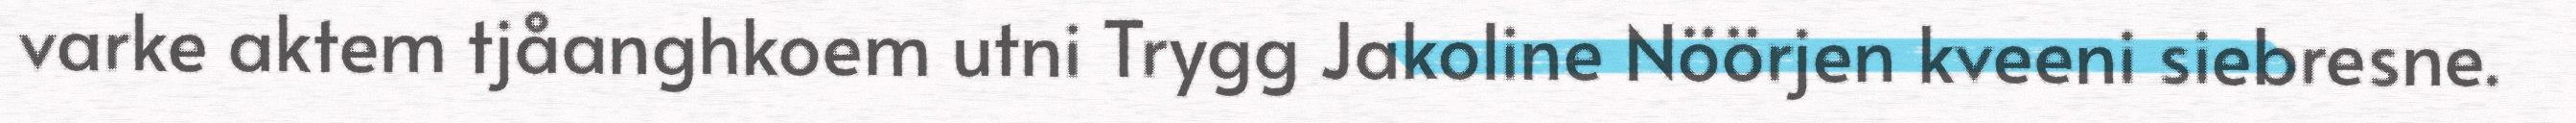
varke aktem tjåanghkoem utni Trygg Jakoline Nöörjen kveeni siebresne.